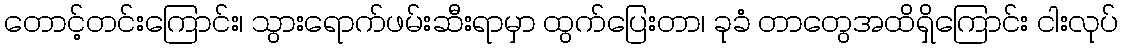
တောင့်တင်းကြောင်း၊ သွားရောက်ဖမ်းဆီးရာမှာ ထွက်ပြေးတာ၊ ခုခံ တာတွေအထိရှိကြောင်း ငါးလုပ်